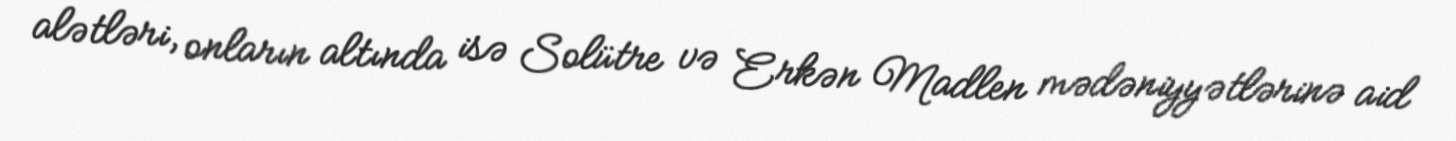
alətləri, onların altında isə Solütre və Erkən Madlen mədəniyyətlərinə aid